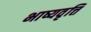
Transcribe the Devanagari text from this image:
भाष्यवृत्ति